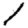
Digit: 1